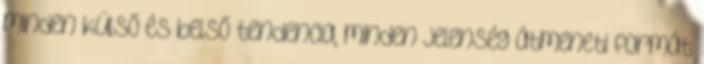
minden külső és belső tendencia, minden jelenség átmeneti formát